Subject: eess
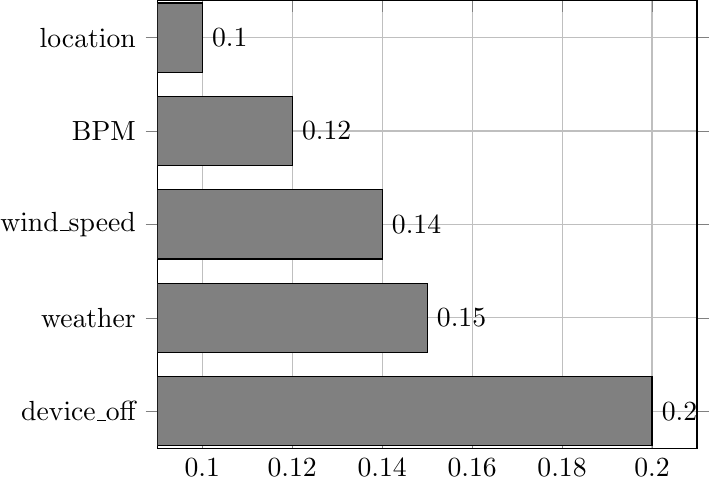
LaTeX code:
\begin{tikzpicture}

\begin{axis} [xbar,
              grid=major,
              bar width =25,
              symbolic y coords={device\_off,weather,wind\_speed,BPM,location},
              ytick=data,
     nodes near coords]
\addplot [draw=black,fill=gray]    coordinates {
    (0.2,device\_off)
    (0.15,weather)
    (0.14,wind\_speed)
    (0.12,BPM)
    (0.1,location)
};
\end{axis}

\end{tikzpicture}